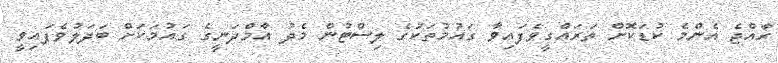
ރާއްޖެ އެންމެ ކުޑަކޮށް ތަރައްގީވެފައިވާ ގައުމުތަކުގެ ލިސްޓުން މެދު އާމްދަނީގެ ގައުމަކަށް ބަދަލުވެފައިވީ